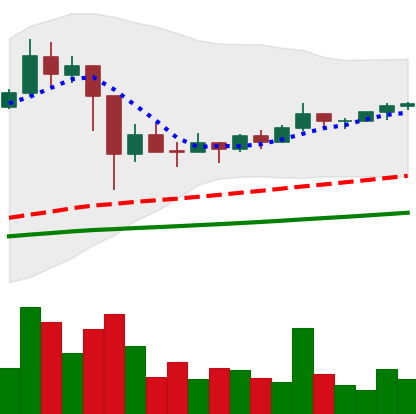
Ticker: TRX-USD
Chart end date: 2021-03-09
Forward return: -3.521%
Label: down_3_5